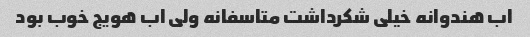
اب هندوانه خیلی شکرداشت متاسفانه ولی اب هویج خوب بود